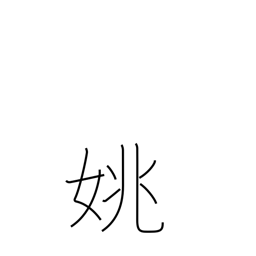
Meaning: beautiful